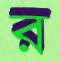
র